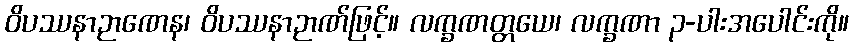
ဝိပဿနာဉာဏေန၊ ဝိပဿနာဉာဏ်ဖြင့်။ လက္ခဏတ္တယေ၊ လက္ခဏာ ၃-ပါးအပေါင်းကို။